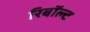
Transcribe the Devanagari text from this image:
रिबॉल्ट